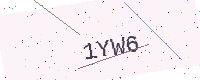
Text: 1YW6